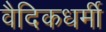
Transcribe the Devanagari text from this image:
वैदिकधर्मी